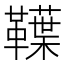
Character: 𩍣